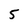
Character: 5